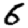
Digit: 6